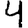
Digit: 4